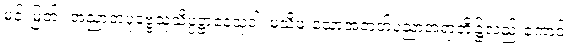
မင်းမြတ်။ အညာတပုဗ္ဗေသုသိပ္ပဋ္ဌာနေသုဝါ၊ မသိဖူးသောအတတ်ပညာအရာတို့၌လည်းကောင်း။